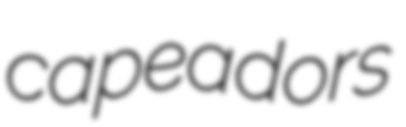
capeadors